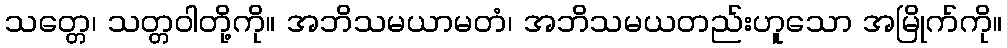
သတ္တေ၊ သတ္တဝါတို့ကို။ အဘိသမယာမတံ၊ အဘိသမယတည်းဟူသော အမြိုက်ကို။